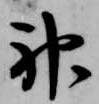
神